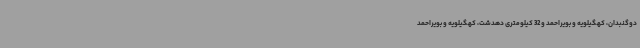
دوگنبدان، کهگیلویه و بویراحمد و 32 کیلومتری دهدشت، کهگیلویه و بویراحمد